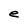
Character: e